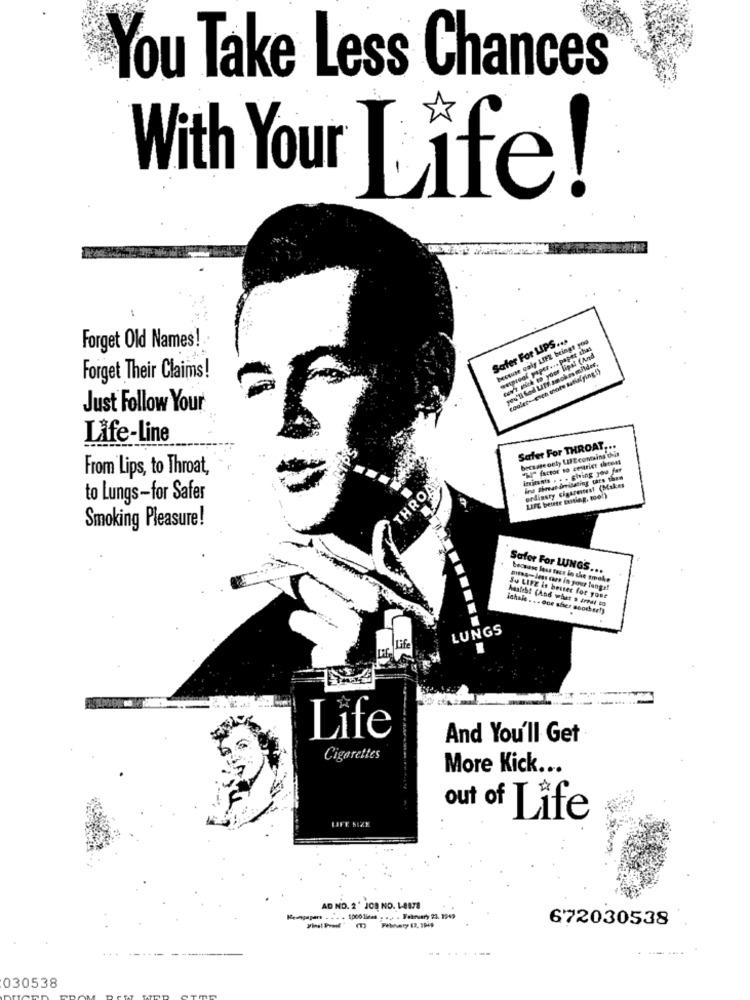
You Take Less Chances
With Your Life!
Forget Old Names!
Safer For LIPS ...
Howuse only LIEZ brings you
empreof paper ... paper thas
cav' stick to your lipsl (And
apar thas
cooler-eich mots katial ging i)
Forget Their Claims!
Just Follow Your
Life-Line
Safer For THROAT ...
becuase only LIZ coming dois
From Lips, to Throat,
iminants . . . Ching 200 far
Ind threat dnissting tars then
ordinary cigarestest (Makes
THROA
to Lungs-for Safer
LIFE beute EMIGR, too!)
Smoking Pleasure!
Safor For LUNGS ..
becuase less tecs le the smoke
Dites-less mars in your lange!
Asafeht (And wher s Areal to
Su LIFE is besser for yout
ichale . .. one sier soocher!)
LUNGS
Life
Lite
And You'll Get
Cigarettes
More Kick ...
LIFE SIZE
out of Life
AD NO. 2' JCB NO. 18878
672030538
----...
030538